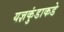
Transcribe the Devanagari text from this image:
यज्ञकुंडाकडे